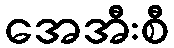
အေအီးစီ